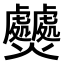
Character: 𤓤